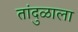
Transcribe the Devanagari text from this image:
तांदुळाला